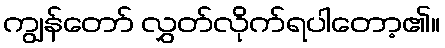
ကျွန်တော် လွှတ်လိုက်ရပါတော့၏။